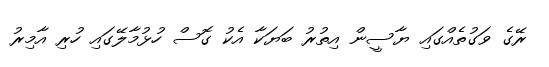
ރޭގެ ވަގުތެއްގައި ޔާސީން އިތުރު ބަޔަކާ އެކު ގޮސް ހުޅުމާލޭގައި ހުރި އާމިރު